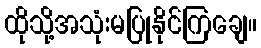
ထိုသို့အသုံးမပြုနိုင်ကြချေ။